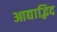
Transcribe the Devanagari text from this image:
आद्याद्भिद